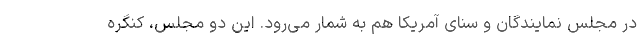
در مجلس نمایندگان و سنای آمریکا هم به شمار می‌رود. این دو مجلس، کنگره